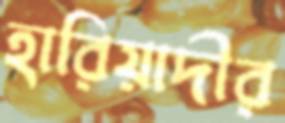
হারিয়াদীর